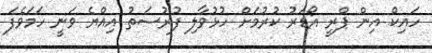
ހައިކް އިން ޕްރީ އޯޑަރު ކުރުމަށް ހުޅުވާލި ފުރުސަތު އިއްޔެ ވަނީ ހަމަވެފަ